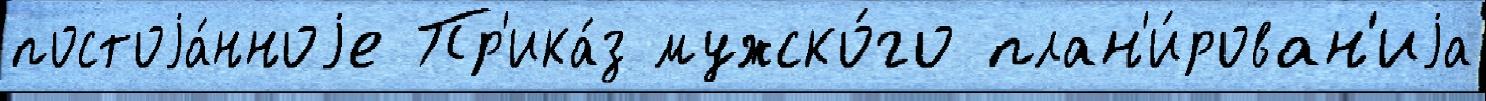
постоjа́нноjе Пр'ика́з мужско́го план'и́рован'иjа